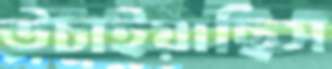
উচাইয়াছিস